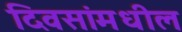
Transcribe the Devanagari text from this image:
दिवसांमधील